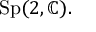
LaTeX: \mathrm { S p } ( 2 , \mathbb { C } ) .